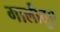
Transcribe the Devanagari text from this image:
गालीतुए